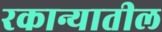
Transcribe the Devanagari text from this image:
रकान्यातील